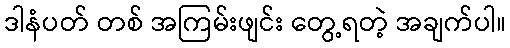
ဒါနံပတ် တစ် အကြမ်းဖျင်း တွေ့ရတဲ့ အချက်ပါ။